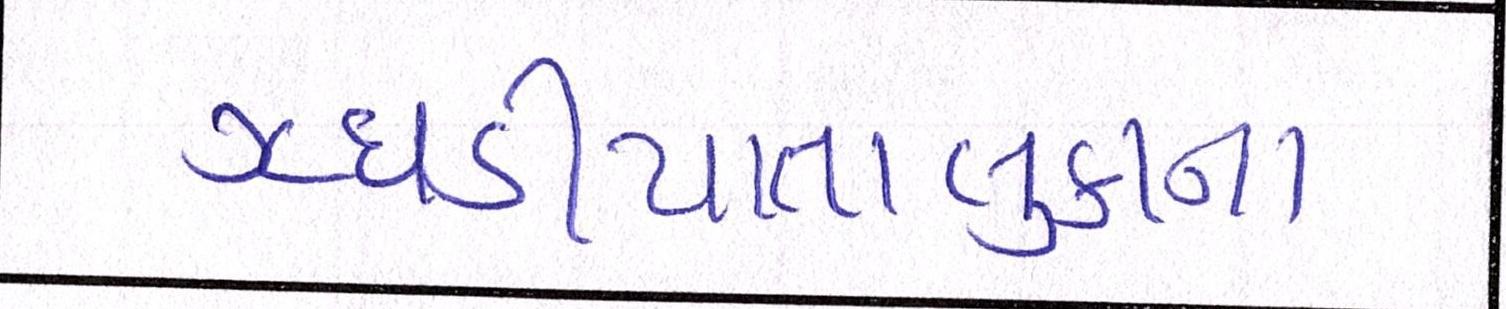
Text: ઝઘડીયાતાલુકાના